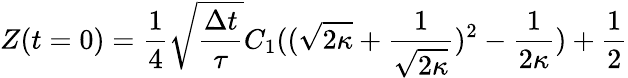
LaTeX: Z(t=0)=\frac{1}{4}\sqrt{\frac{\Delta t}{\tau}}C_{1}((\sqrt{2\kappa}+\frac{1}{\sqrt{2\kappa}})^{2}-\frac{1}{2\kappa})+\frac{1}{2}